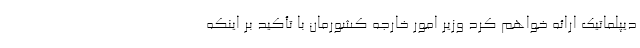
دیپلماتیک ارائه خواهم کرد وزیر امور خارجه کشورمان با تأکید بر اینکه